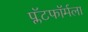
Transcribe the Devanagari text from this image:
प्लॅटफॉर्मला